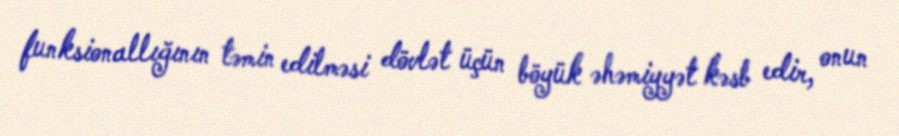
funksionallığının təmin edilməsi dövlət üçün böyük əhəmiyyət kəsb edir, onun